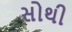
સોથી